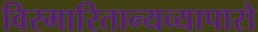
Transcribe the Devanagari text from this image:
विस्मारितान्यव्यापारो